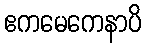
ဧကမေကေနာပိ